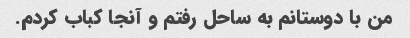
من با دوستانم به ساحل رفتم و آنجا کباب کردم.